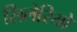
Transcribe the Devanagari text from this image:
सिलेरियो